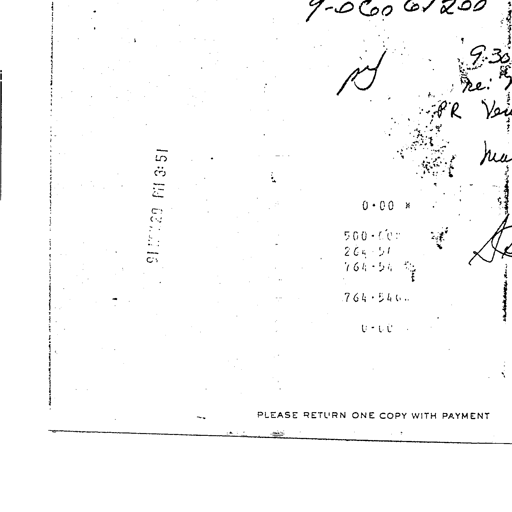
9-06067200
9-30
ly
Re: "
PR Ver
hu
91 NOV 20 PM 3: 51
0 · 00 *
500 · 00 +
264 · 54 +
764 · 54 *
764 · 54 ◊
0 · 00 *
PLEASE RETURN ONE COPY WITH PAYMENT